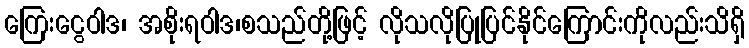
ကြေးငွေဝါဒ၊ အစိုးရဝါဒ၊စသည်တို့ဖြင့် လိုသလိုပြုပြင်နိုင်ကြောင်းကိုလည်းသိရှိ